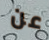
عن